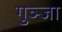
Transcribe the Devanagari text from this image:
गुञ्जा